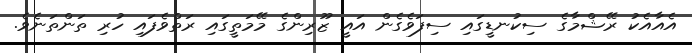
އެއާއެކު ރޭޝްމާގެ ސިކުނޑީގައި ސިފަވެގެން އައީ ޒޫރިންގެ މޭމަތީގައި ރަތްވެފައި ހުރި ތަންތަނެވެ.